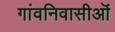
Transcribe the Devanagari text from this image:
गांवनिवासीऒं